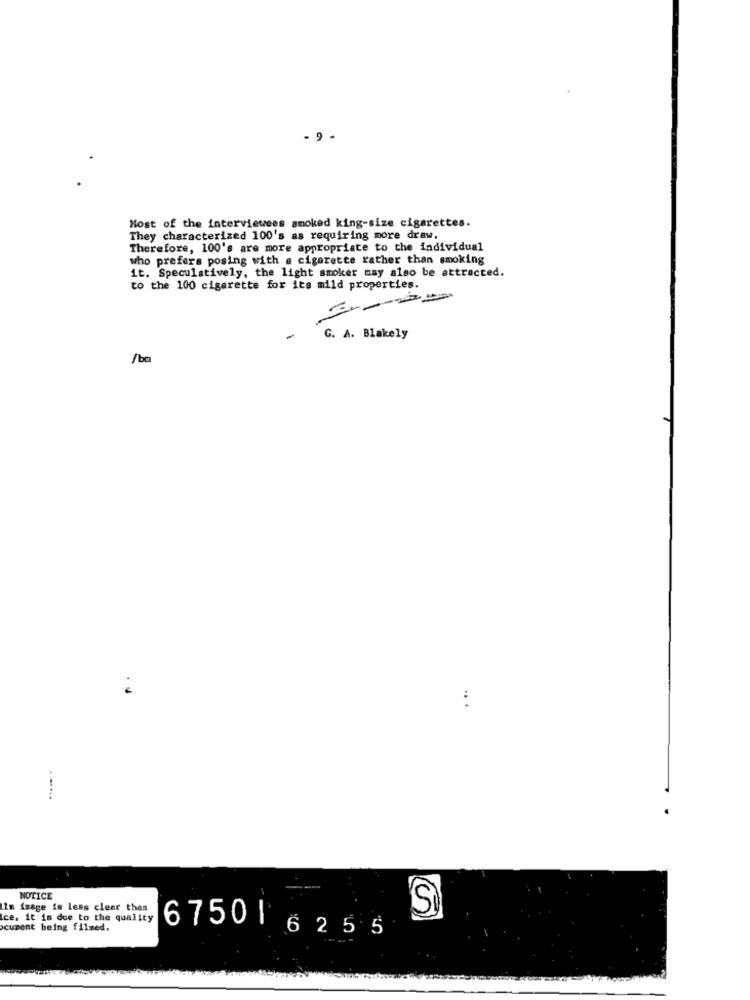
- 9
Most of the interviewees smoked king-size cigarettes.
They characterized 100's as requiring more draw.
Therefore, 100's are more appropriate to the individual
who prefers posing with a cigarette rather than smoking
it. Speculatively, the light smoker may also be attracted.
to the 100 cigarette for its mild properties.
G. A. Blakely
/b
NOTICE
Im image is less clear than
'S
Ice. it is due to the quality
cument being filmed.
6750 6255